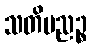
သတိပညဉ္စ